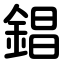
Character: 錩